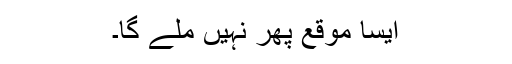
ایسا موقع پھر نہیں ملے گا۔